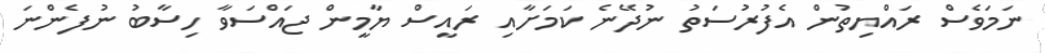
ނަމަވެސް ރައްޔިތުން އެފުރުސަތު ނުދޭނެ ކަމަށާއި ރައީސް ޔާމީން ޖައްސަވާ ހިސާބު ނުފެންނަ